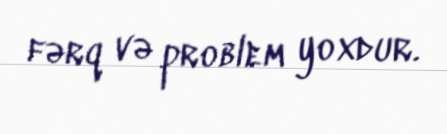
fərq və problem yoxdur.